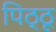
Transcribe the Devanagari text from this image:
पिठ्ठू